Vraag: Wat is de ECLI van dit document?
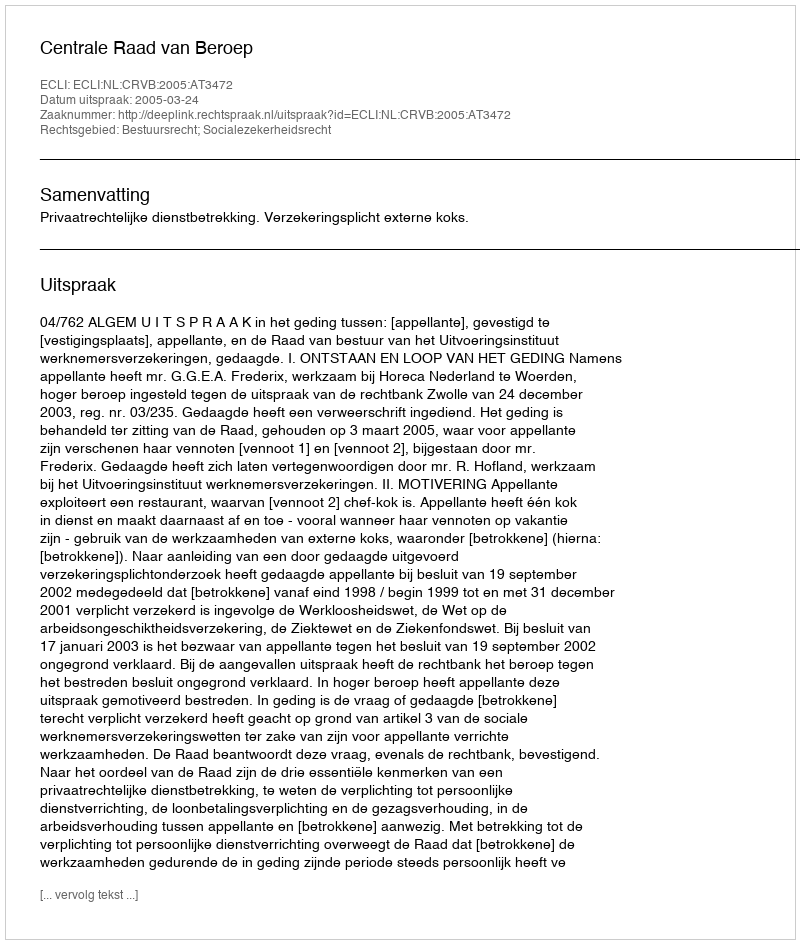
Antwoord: ECLI:NL:CRVB:2005:AT3472